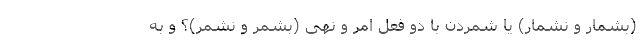
(بشمار و نشمار) یا شمردن با دو فعل امر و نهی (بشمُر و نشمُر)؟ و به